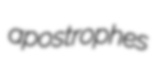
apostrophes